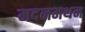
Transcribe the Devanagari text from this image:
मदनमथन